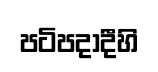
පටිපදාදීහි